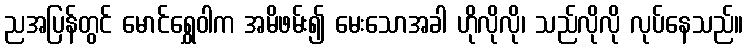
ညအပြန်တွင် မောင်ရွှေဝါက အမိဖမ်း၍ မေးသောအခါ ဟိုလိုလို၊ သည်လိုလို လုပ်နေသည်။